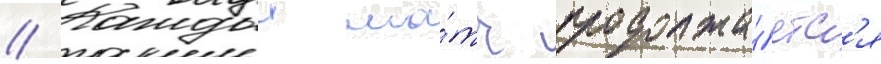
// Каждыи ма́тч продолжа́етс'я